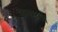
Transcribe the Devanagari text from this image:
घनस्र्ता